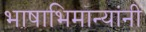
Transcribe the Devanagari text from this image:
भाषाभिमान्यांनी